Lunatic asylums in Bengal annual reports 1912-1924 - 1912-1924
Year: 1912
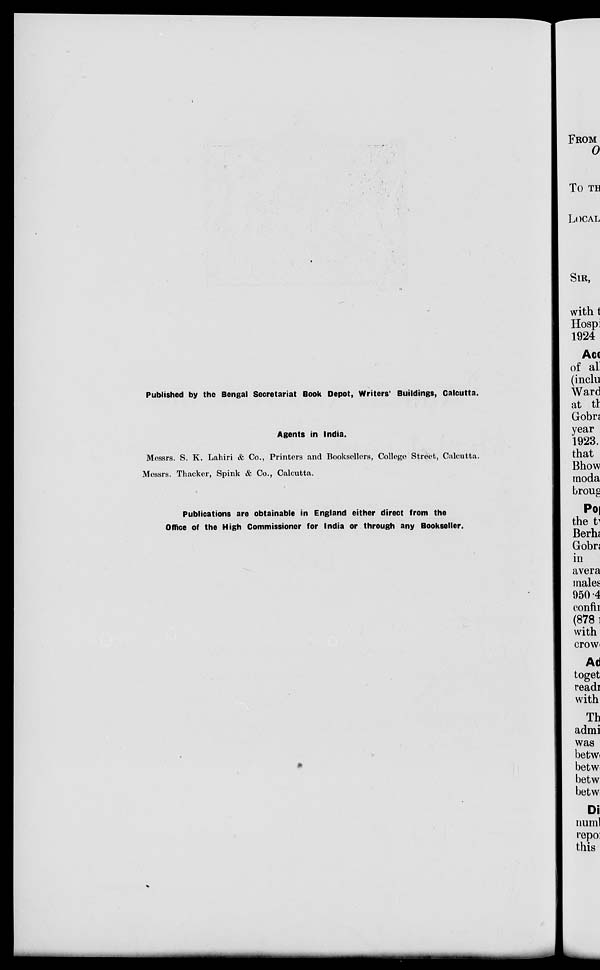
Published by the Bengal Secretariat Book Depot, Writers' Buildings, Calcutta.
Agents in India.
Messrs. S. K. Lahiri & Co., Printers and Booksellers, College Street, Calcutta.
Messrs. Thacker, Spink & Co., Calcutta.
Publications are obtainable in England either direct from the
Office of the High Commissioner for India or through any Bookseller.